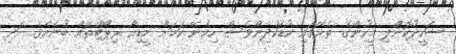
ޝަހީދުކޮށްލި މީހުންގެ ތެރޭގައި ކުޑަކުދިންވެސް ހިމެނޭ ކަމަށް މީޑިއާ ރިޕޯޓްތައް ބުނެއެވެ. އަދި